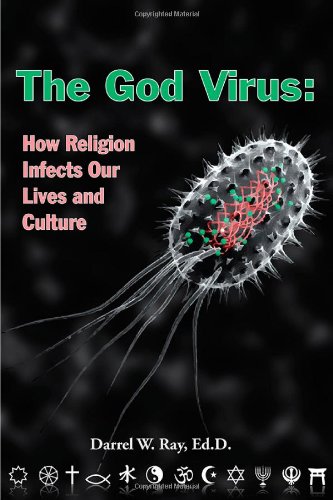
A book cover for God Virus, The: How Religion Infects Our Lives and Culture; Darrel W. Ray; Religion & Spirituality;